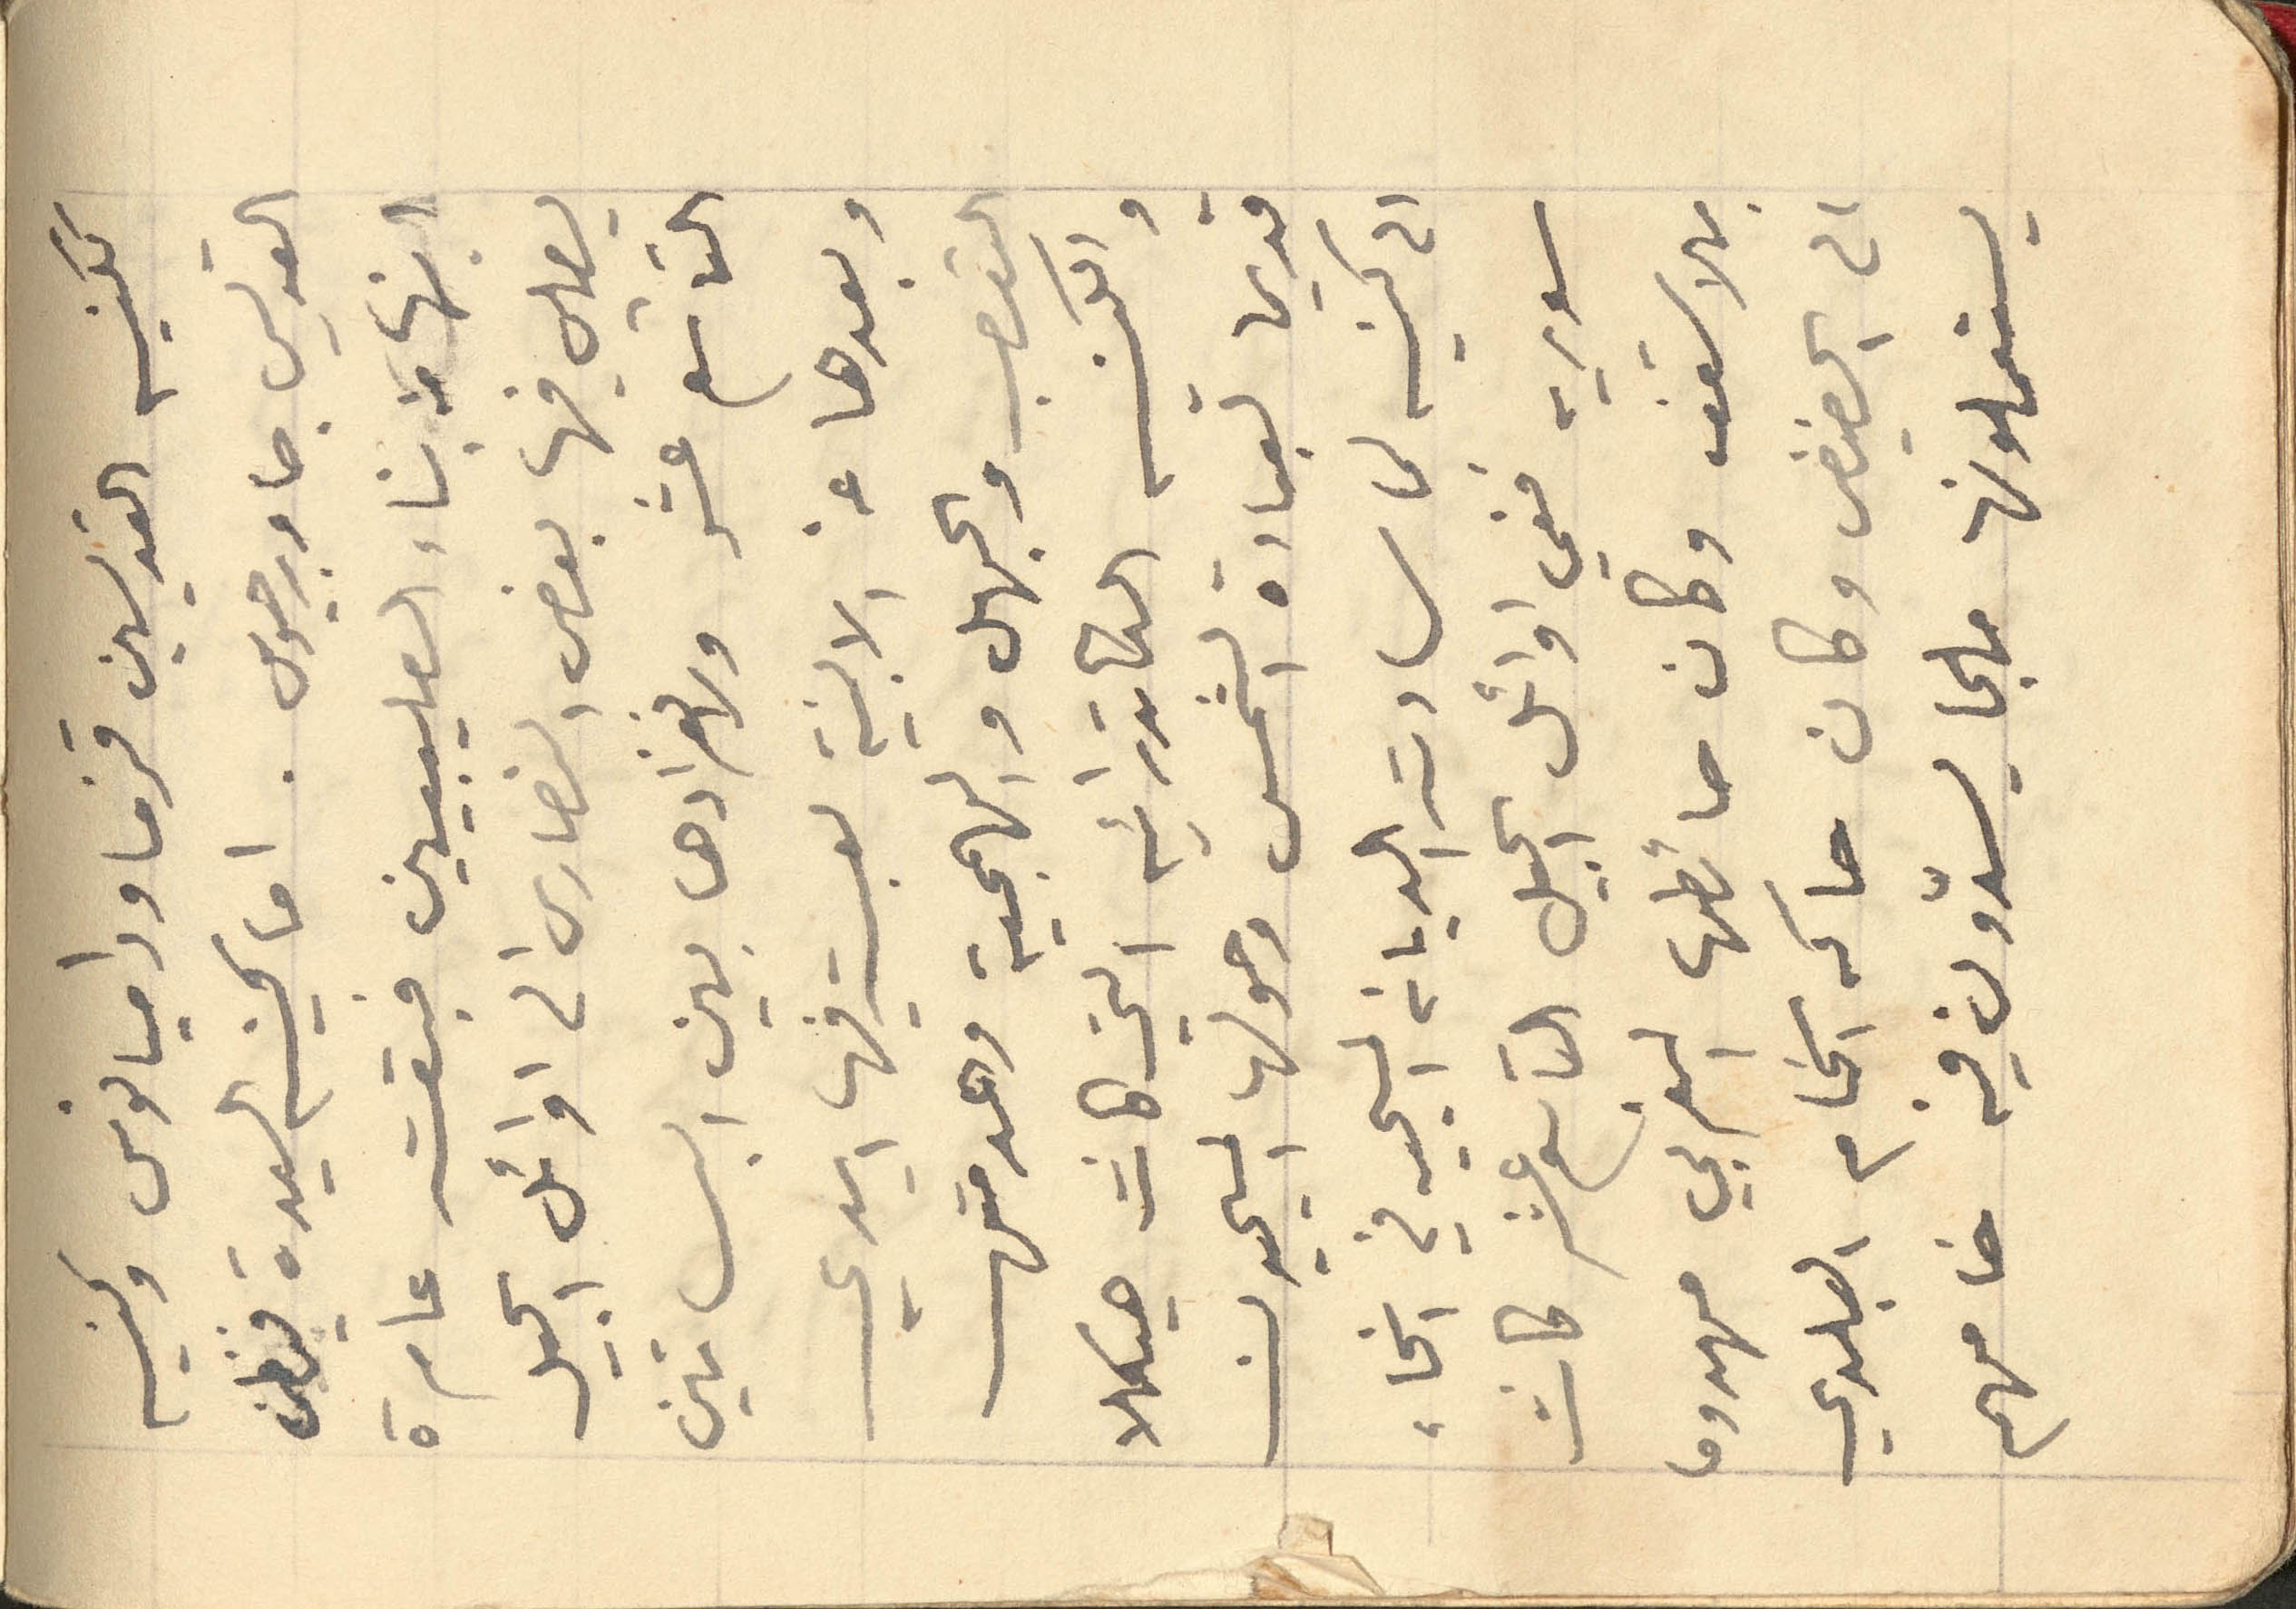
ككنيسة القديسين قزما وداميانوس وكنيسة
القديس جاورجيوس. اما كنيسه السيدة فيظن
انها من بناء الصليبيين فبقت عامرة
يصلي فيها بعض النصارى الى اوائل الجيل
التاسع عشر ولانفرادها بين البساتين
وبعدها عن الابنية لعبت فيها ايدي
التعصب والجهل والهمجية وهدمتها
والكنيسه الكاتدرائية التي كانت هيكلا
قديما لعبادة الشمس وحولها المسيحيون
الى كنيسه لما سادت الديانة المسيحيه في انحاء
سوريه ففي اوائل الجيل التاسع عشر كانت
بلا سقف وكان حائطها الغربي مهدوما
الى الحضيض وكان حاكه الخام البلدي
يستعملونها ملجا يسدّون فيه خامهم